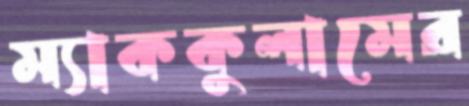
ম্যাককুলামের